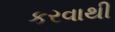
કરવાથી